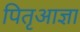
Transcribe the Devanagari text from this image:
पितृआज्ञा